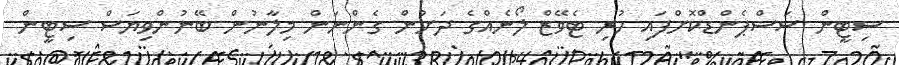
ސިޓީން ސަސްޕެންޑްކޮށްފައި ހުރި ޓެވޭޒް ލޯނެއްގެ ދަށުން ގެންނަން މިލާނުން ބޭނުންވިޔަސް ސިޓީން